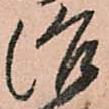
治